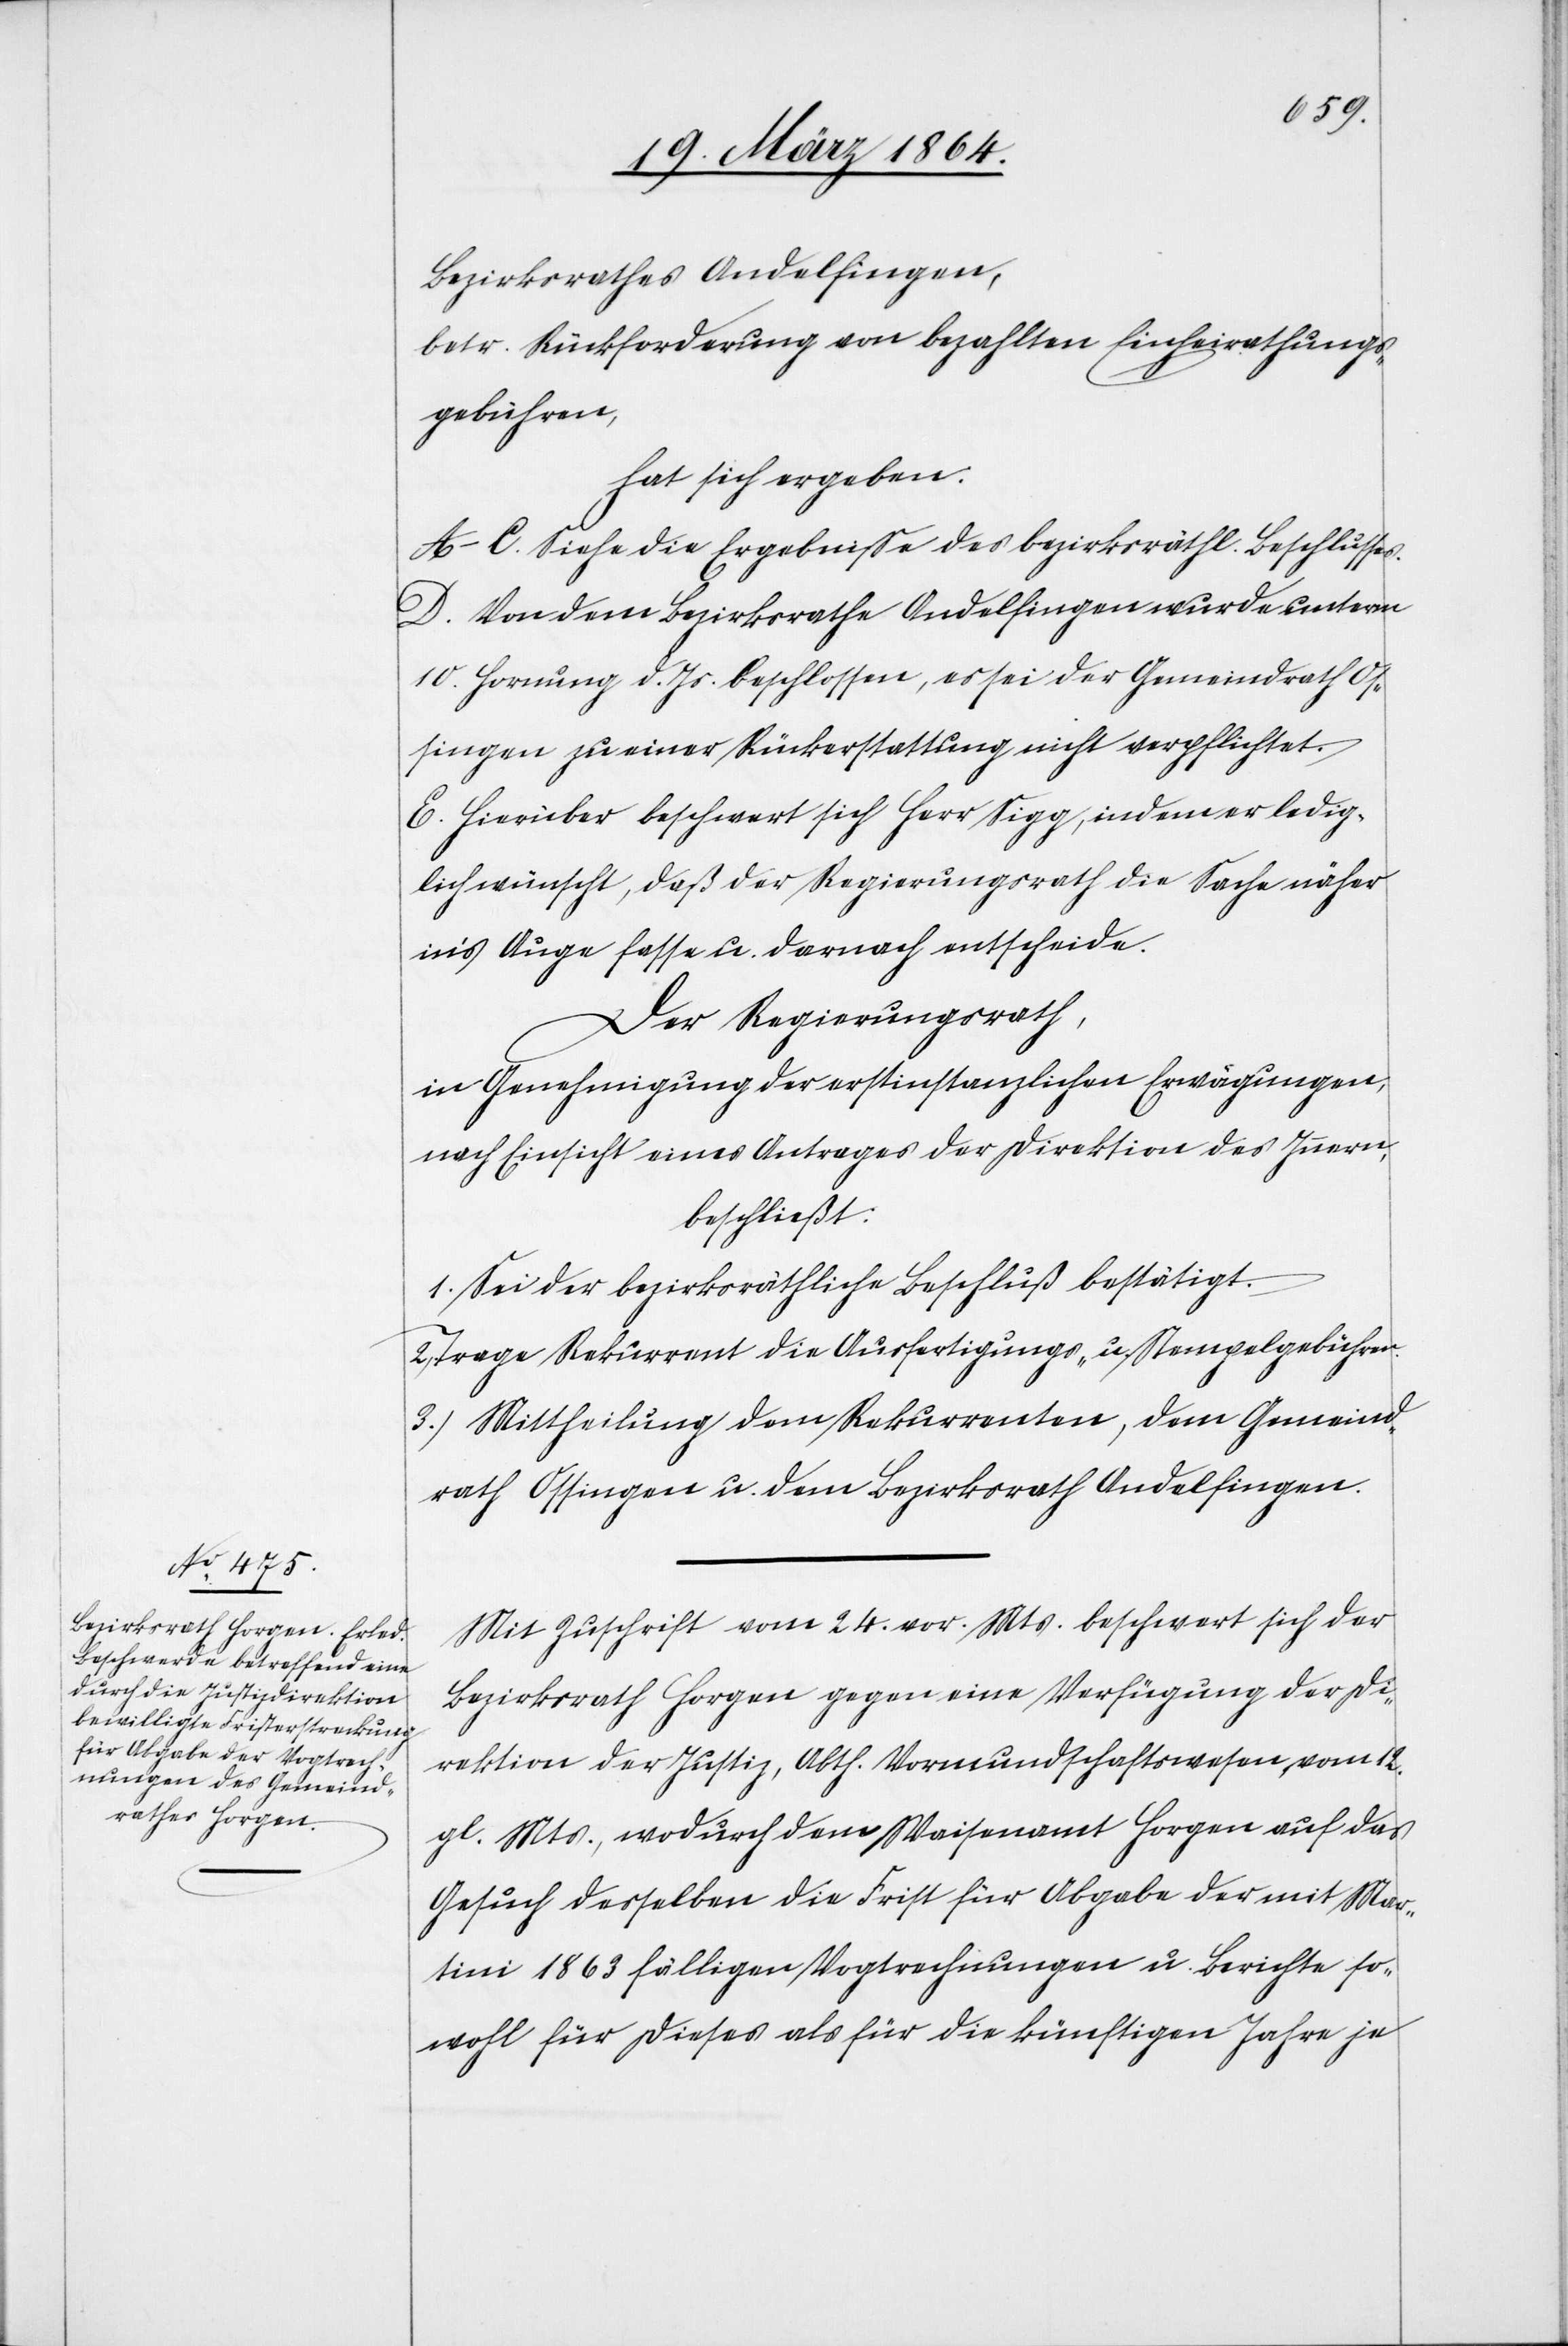
Bezirksrathes Andelfingen,
betr. Rückforderung von bezahlten Einheirathungs¬
gebühren,
hat sich ergeben.
A–C. Siehe die Ergebnisse des bezirksräthl. Beschlusses.
D. Von dem Bezirksrathe Andelfingen wurde unterm
10. Hornung d. Js. beschlossen, es sei der Gemeindrath Os¬
singen zu einer Rückerstattung nicht verpflichtet.
E. Hierüber beschwert sich Herr Sigg, indem er ledig¬
lich wünscht, daß der Regierungsrath die Sache näher
in’s Auge fasse u. darnach entscheide.
Der Regierungsrath,
in Genehmigung der erstinstanzlichen Erwägungen,
nach Einsicht eines Antrages der Direktion des Innern,
beschließt:
1. Sei der bezirksräthliche Beschluß bestätigt.
Trage Rekurrent die Ausfertigungs- u. Stempelgebühren.
3. Mittheilung dem Rekurrenten, dem Gemeind¬
rath Ossingen u. dem Bezirksrath Andelfingen.
Mit Zuschrift vom 24. vor. Mts. beschwert sich der
Bezirksrath Horgen gegen eine Verfügung der Di¬
rektion der Justiz, Abth. Vormundschaftswesen vom 12.
gl. Mts., wodurch dem Waisenamt Horgen auf das
Gesuch desselben die Frist für Abgabe der mit Mar¬
tini 1863 fälligen Vogtrechnungen u. Berichte so¬
wohl für dieses als für die künftigen Jahre je